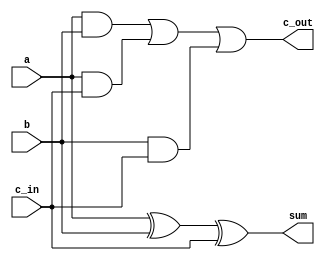
/**
 * A Full Adder, implementing 1-bit a + b + c_in = 2 * c_out + sum
 */
module full_adder(
	input a,
	input b,
	output sum,
	input c_in,
	output c_out
);

	assign sum = a ^ b ^ c_in;
	assign c_out = (a & b) | (a & c_in) | (b & c_in);

endmodule

`timescale 1ns/100ps
module full_adder_test;

	reg a, b, c_in;
	wire sum, c_out;
	
	full_adder target ( .a(a), .b(b), .sum(sum), .c_in(c_in), .c_out(c_out) );
	
	initial begin
		// All input combinations
		a <= 0; b <= 0; c_in <= 0; #1 $display("Test | add0 | 0 -> 0 + 0 = 0 -> 0 | %d -> %d + %d = %d -> %d", c_in, a, b, sum, c_out);
		a <= 1; b <= 0; c_in <= 0; #1 $display("Test | add1 | 0 -> 1 + 0 = 1 -> 0 | %d -> %d + %d = %d -> %d", c_in, a, b, sum, c_out);
		a <= 0; b <= 1; c_in <= 0; #1 $display("Test | add2 | 0 -> 0 + 1 = 1 -> 0 | %d -> %d + %d = %d -> %d", c_in, a, b, sum, c_out);
		a <= 1; b <= 1; c_in <= 0; #1 $display("Test | add3 | 0 -> 1 + 1 = 0 -> 1 | %d -> %d + %d = %d -> %d", c_in, a, b, sum, c_out);
		a <= 0; b <= 0; c_in <= 1; #1 $display("Test | add4 | 1 -> 0 + 0 = 1 -> 0 | %d -> %d + %d = %d -> %d", c_in, a, b, sum, c_out);
		a <= 1; b <= 0; c_in <= 1; #1 $display("Test | add5 | 1 -> 1 + 0 = 0 -> 1 | %d -> %d + %d = %d -> %d", c_in, a, b, sum, c_out);
		a <= 0; b <= 1; c_in <= 1; #1 $display("Test | add6 | 1 -> 0 + 1 = 0 -> 1 | %d -> %d + %d = %d -> %d", c_in, a, b, sum, c_out);
		a <= 1; b <= 1; c_in <= 1; #1 $display("Test | add7 | 1 -> 1 + 1 = 1 -> 1 | %d -> %d + %d = %d -> %d", c_in, a, b, sum, c_out);
		
		$finish;
	end
endmodule